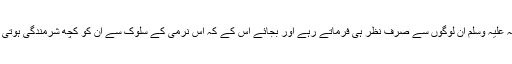
(ماخوذ از سیرت خاتم النبیینؐ صفحہ506)لیکن آپ صلی اللہ علیہ وسلم ان لوگوں سے صرفِ نظر ہی فرماتے رہے اور بجائے اس کے کہ اس نرمی کے سلوک سے ان کو کچھ شرمندگی ہوتی یہ لوگ ڈھٹائی میں اور دریدہ دہنی میں بڑھتے چلے گئے۔